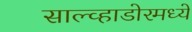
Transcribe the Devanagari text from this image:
साल्व्हाडोरमध्ये